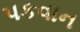
પકવાન